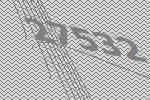
27532